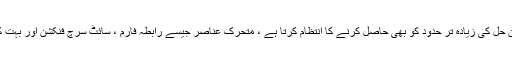
اسی طرح ، روایتی جامد سائٹ جنریشن حل کی زیادہ تر حدود کو بھی حاصل کرنے کا انتظام کرتا ہے ، متحرک عناصر جیسے رابطہ فارم ، سائٹ سرچ فنکشن اور بہت کچھ کے لئے بلٹ ان فعالیت کا شکریہ۔